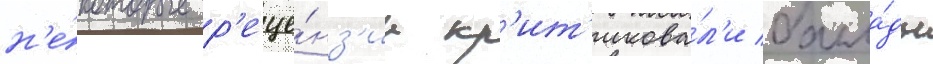
н'е́которые р'еце́нз'ии кр'ит'икова́л'и балла́ды